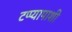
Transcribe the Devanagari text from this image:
टप्प्यापाशी